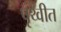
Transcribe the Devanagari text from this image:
पृथ्वीत